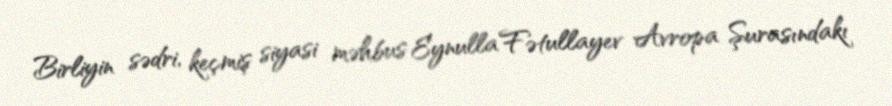
Birliyin sədri, keçmiş siyasi məhbus Eynulla Fətullayev Avropa Şurasındakı